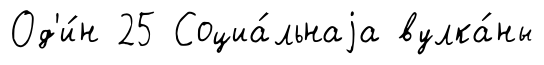
Од'и́н 25 Социа́льнаjа вулка́ны